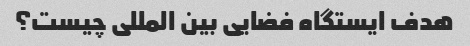
هدف ایستگاه فضایی بین المللی چیست؟